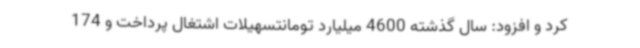
کرد و افزود: سال گذشته 4600 میلیارد تومانتسهیلات اشتغال پرداخت و 174